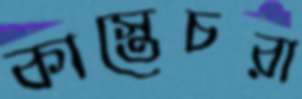
কাস্তেচরা